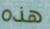
هذه